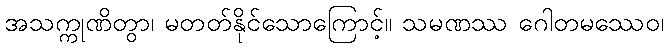
အသက္ကုဏိတွာ၊ မတတ်နိုင်သောကြောင့်။ သမဏဿ ဂေါတမဿေဝ၊